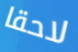
لاحقا